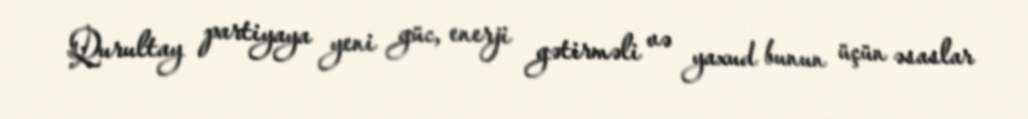
Qurultay partiyaya yeni güc, enerji gətirməli və yaxud bunun üçün əsaslar